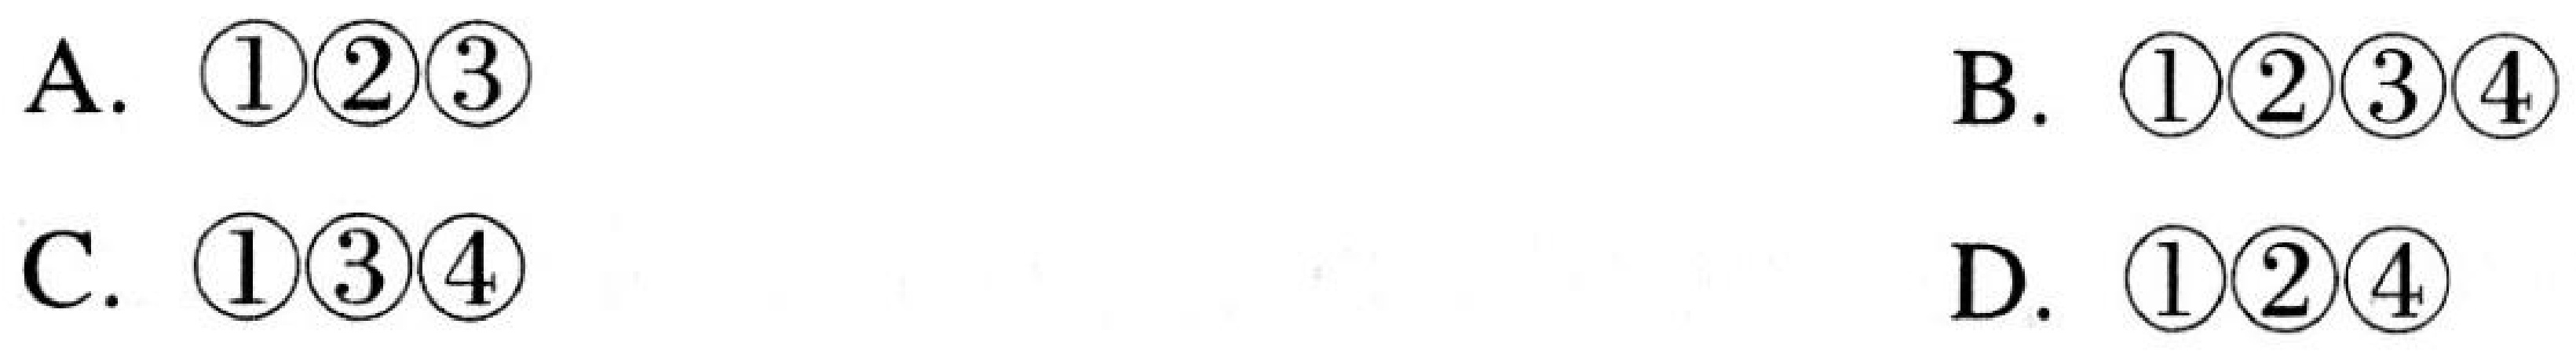
A. \(\textcircled{1}\textcircled{2}\textcircled{3}\)  B. \(\textcircled{1}\textcircled{2}\textcircled{3}\textcircled{4}\)
C. \(\textcircled{1}\textcircled{3}\textcircled{4}\)  D. \(\textcircled{1}\textcircled{2}\textcircled{4}\)